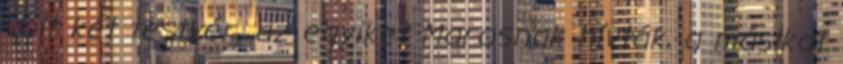
volt két testvér, az egyiket Marosnak hívták, a másikat